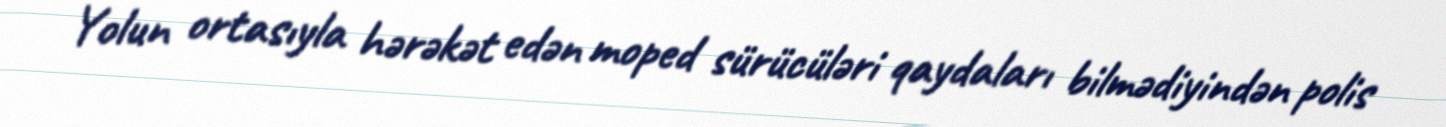
Yolun ortasıyla hərəkət edən moped sürücüləri qaydaları bilmədiyindən polis